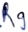
Text: R9